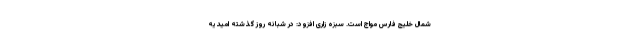
شمال خلیج فارس مواج است. سبزه زاری افزود: در شبانه روز گذشته امیدیه